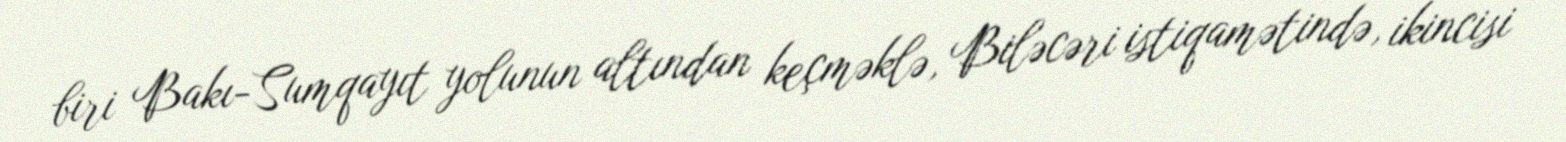
biri Bakı-Sumqayıt yolunun altından keçməklə, Biləcəri istiqamətində, ikincisi